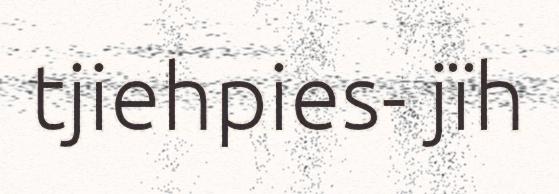
tjiehpies- jïh